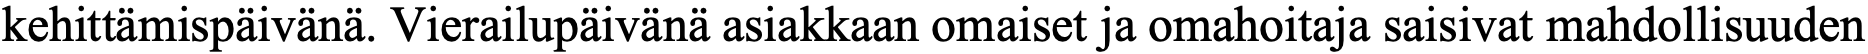
kehittämispäivänä. Vierailupäivänä asiakkaan omaiset ja omahoitaja saisivat mahdollisuuden